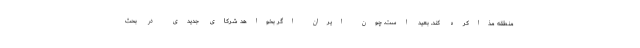
منطقه مذاکره کند. بعید است. چون ایران اگر بخواهد شرکای جدیدی در بحث